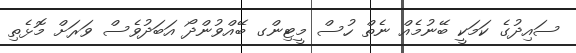
ސައިދުގެ ކަމަކީ ބޭނުމެއް ނެތް ހުސް މީޓިންގ ބޭއްވުންދޯ އަބަދުވެސް ވަރަށް މޮޅެތި